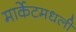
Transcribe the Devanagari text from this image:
मार्केटमधली